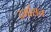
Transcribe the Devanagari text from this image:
दर्भासन